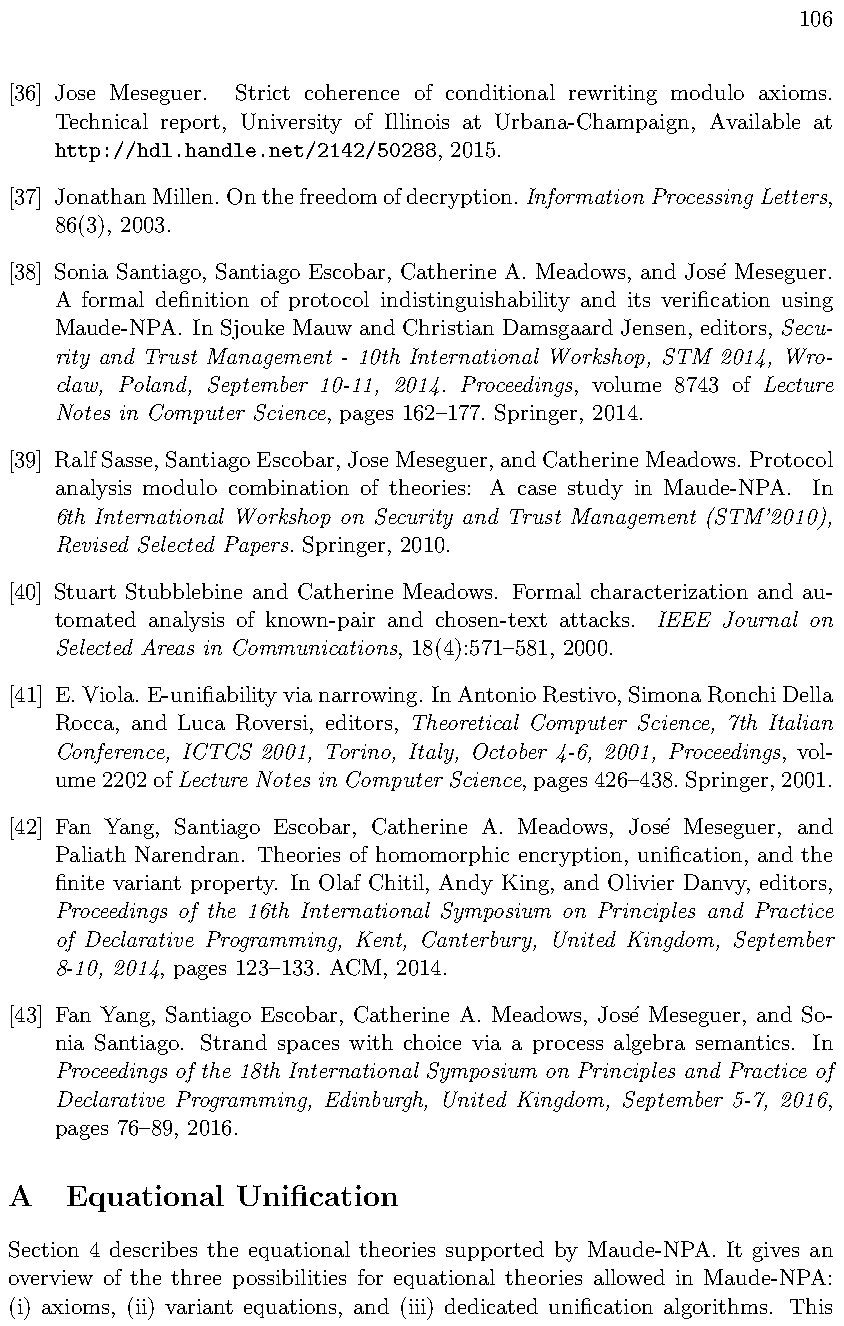
106
 [36] Jose Meseguer. Strict coherence of conditional rewriting modulo axioms.
 Technical report, University of Illinois at Urbana-Champaign, Available at
 http://hdl.handle.net/2142/50288, 2015.
 [37] JonathanMillen.Onthefreedomofdecryption.InformationProcessingLetters,
 86(3), 2003.
 [38] Sonia Santiago, Santiago Escobar, Catherine A. Meadows, and Jos´e Meseguer.
 A formal definition of protocol indistinguishability and its verification using
 Maude-NPA. In Sjouke Mauw and Christian Damsgaard Jensen, editors, Secu-
 rity and Trust Management - 10th International Workshop, STM 2014, Wro-
 claw, Poland, September 10-11, 2014. Proceedings, volume 8743 of Lecture
 Notes in Computer Science, pages 162–177. Springer, 2014.
 [39] RalfSasse,SantiagoEscobar,JoseMeseguer,andCatherineMeadows. Protocol
 analysis modulo combination of theories: A case study in Maude-NPA. In
 6th International Workshop on Security and Trust Management (STM’2010),
 Revised Selected Papers. Springer, 2010.
 [40] Stuart Stubblebine and Catherine Meadows. Formal characterization and au-
 tomated analysis of known-pair and chosen-text attacks. IEEE Journal on
 Selected Areas in Communications, 18(4):571–581, 2000.
 [41] E.Viola. E-unifiabilityvianarrowing. InAntonioRestivo,SimonaRonchiDella
 Rocca, and Luca Roversi, editors, Theoretical Computer Science, 7th Italian
 Conference, ICTCS 2001, Torino, Italy, October 4-6, 2001, Proceedings, vol-
 ume2202ofLecture Notes in Computer Science,pages426–438.Springer,2001.
 [42] Fan Yang, Santiago Escobar, Catherine A. Meadows, Jos´e Meseguer, and
 Paliath Narendran. Theories of homomorphic encryption, unification, and the
 finite variant property. In Olaf Chitil, Andy King, and Olivier Danvy, editors,
 Proceedings of the 16th International Symposium on Principles and Practice
 of Declarative Programming, Kent, Canterbury, United Kingdom, September
 8-10, 2014, pages 123–133. ACM, 2014.
 [43] Fan Yang, Santiago Escobar, Catherine A. Meadows, Jos´e Meseguer, and So-
 nia Santiago. Strand spaces with choice via a process algebra semantics. In
 Proceedings of the 18th International Symposium on Principles and Practice of
 Declarative Programming, Edinburgh, United Kingdom, September 5-7, 2016,
 pages 76–89, 2016.
 A   Equational  Unification
 Section 4 describes the equational theories supported by Maude-NPA. It gives an
 overview of the three possibilities for equational theories allowed in Maude-NPA:
 (i) axioms, (ii) variant equations, and (iii) dedicated unification algorithms. This